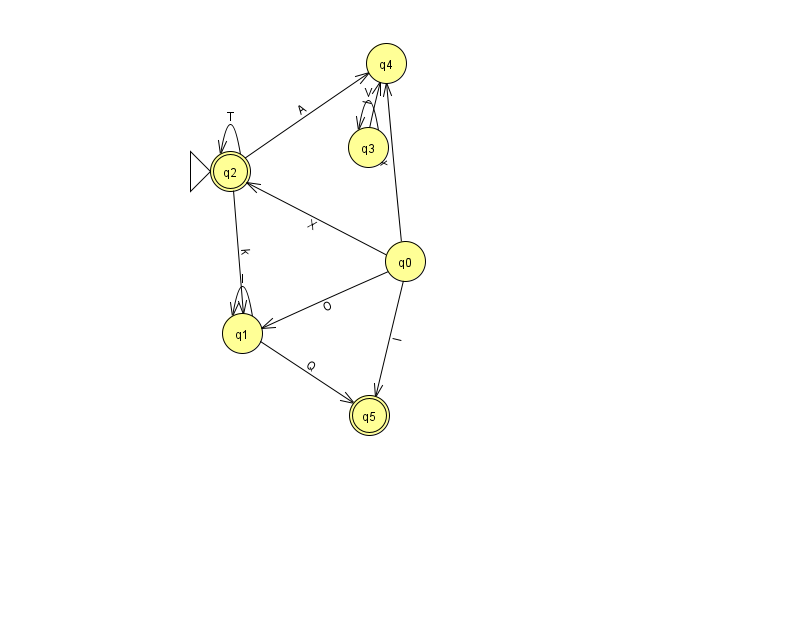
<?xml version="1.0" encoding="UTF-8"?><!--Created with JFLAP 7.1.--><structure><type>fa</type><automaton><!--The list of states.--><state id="0" name="q0"><x>405.0</x><y>248.0</y></state><state id="1" name="q1"><x>242.0</x><y>320.0</y></state><state id="2" name="q2"><x>230.0</x><y>158.0</y><initial/><final/></state><state id="3" name="q3"><x>368.0</x><y>134.0</y></state><state id="4" name="q4"><x>386.0</x><y>50.0</y></state><state id="5" name="q5"><x>369.0</x><y>402.0</y><final/></state><!--The list of transitions.--><transition><from>0</from><to>2</to><read>X</read></transition><transition><from>1</from><to>5</to><read>Q</read></transition><transition><from>2</from><to>2</to><read>T</read></transition><transition><from>2</from><to>4</to><read>A</read></transition><transition><from>0</from><to>4</to><read>x</read></transition><transition><from>3</from><to>3</to><read>V</read></transition><transition><from>2</from><to>1</to><read>k</read></transition><transition><from>0</from><to>1</to><read>O</read></transition><transition><from>1</from><to>1</to><read>I</read></transition><transition><from>3</from><to>4</to><read>I</read></transition><transition><from>0</from><to>5</to><read>l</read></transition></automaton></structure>